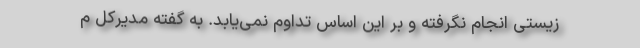
زیستی انجام نگرفته و بر این اساس تداوم نمی‌یابد. به گفته مدیرکل م